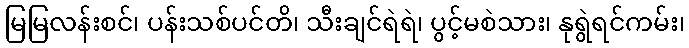
မြမြလန်းစင်၊ ပန်းသစ်ပင်တိ၊ သီးချင်ရဲရဲ၊ ပွင့်မစဲသား၊ နုရွဲရင်ကမ်း၊